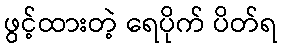
ဖွင့်ထားတဲ့ ရေပိုက် ပိတ်ရ